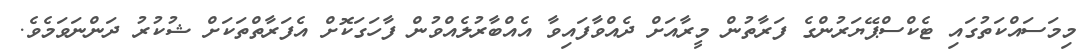
މިމަސައްކަތުގައި ޓެކްސްޕޭޔަރުންގެ ފަރާތުން މީރާއަށް ދެއްވާފައިވާ އެއްބާރުލެއްވުން ފާހަގަކޮށް އެފަރާތްތަކަށް ޝުކުރު ދަންނަވަމެވެ.